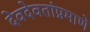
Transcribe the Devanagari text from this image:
देवदेवतांप्रमाणे